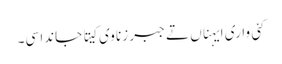
کئی واری ایہناں تے جبر زنا وی کیتا جاندا سی۔